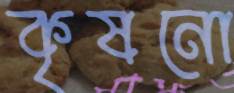
কৃষনো